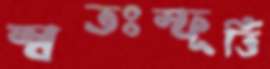
স্বতঃস্ফূর্ত্তি